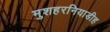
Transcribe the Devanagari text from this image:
मुशहरनियाडीह